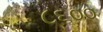
૮૬૦૦